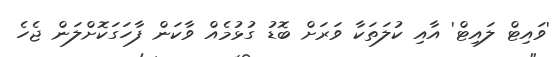
'ވައިޓް ލައިޓް' އާއި ކުލަތަކާ ވަރަށް ބޮޑު ގުޅުމެއް ވާކަން ފާހަގަކޮށްލަން ޖެހެ